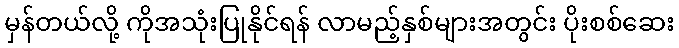
မှန်တယ်လို့ ကိုအသုံးပြုနိုင်ရန် လာမည့်နှစ်များအတွင်း ပိုးစစ်ဆေး